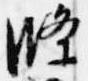
条